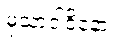
မုသာဝါဒိနော